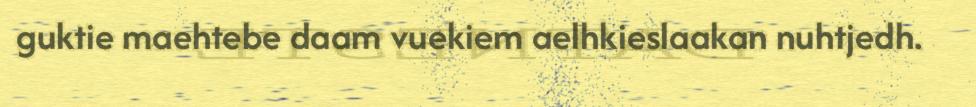
guktie maehtebe daam vuekiem aelhkieslaakan nuhtjedh.